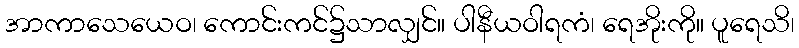
အာကာသေယေဝ၊ ကောင်းကင်၌သာလျှင်။ ပါနီယဝါရကံ၊ ရေအိုးကို။ ပူရေသိ၊